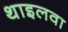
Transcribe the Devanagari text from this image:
थाइलवा